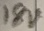
Text: 18V